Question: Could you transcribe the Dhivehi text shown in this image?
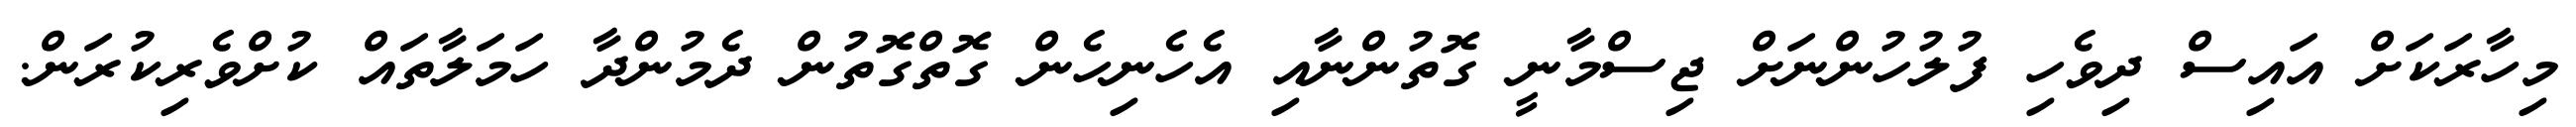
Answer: މިހާރަކަށް އައިސް ދިވެހި ފުލުހުންނަށް ޖިސްމާނީ ގޮތުންނާއި އެހެނިހެން ގޮތްގޮތުން ދެމުންދާ ހަމަލާތައް ކުށްވެރިކުރަން.